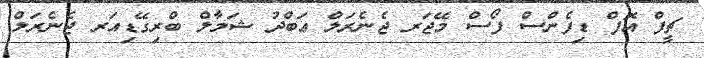
ޗީފް އޮފް ޑިފެންސް ފޯސް މޭޖަރ ޖެނެރަލް ޢަބްދު ޝަމާލް ބްރިގޭޑިއަރ ޖެނެރަލް